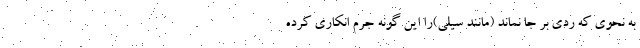
به نحوی که ردی بر جا نماند (مانند سیلی)را این گونه جرم انکاری کرده